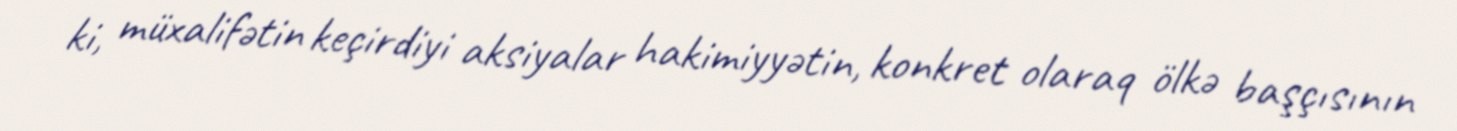
ki, müxalifətin keçirdiyi aksiyalar hakimiyyətin, konkret olaraq ölkə başçısının